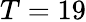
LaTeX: T=19